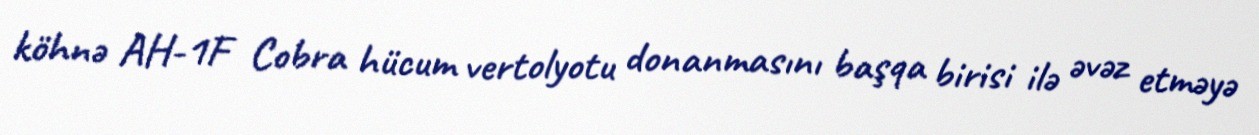
köhnə AH-1F Cobra hücum vertolyotu donanmasını başqa birisi ilə əvəz etməyə